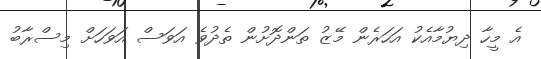
އެ މީހާ ދިޔުމާއެކު އަހަރެން މޭޒު ތަންދޮށުން ތެދުވެ އަވަސް އަވަހަށް މިސްރާބު